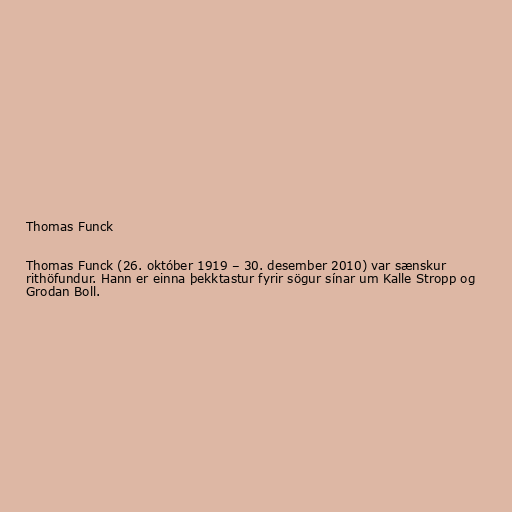
Thomas Funck

Thomas Funck (26. október 1919 – 30. desember 2010) var sænskur
rithöfundur. Hann er einna þekktastur fyrir sögur sínar um Kalle Stropp og
Grodan Boll.